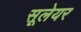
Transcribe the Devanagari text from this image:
सूलेयर